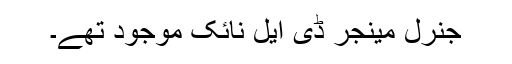
جنرل مینجر ڈی ایل نائک موجود تھے۔